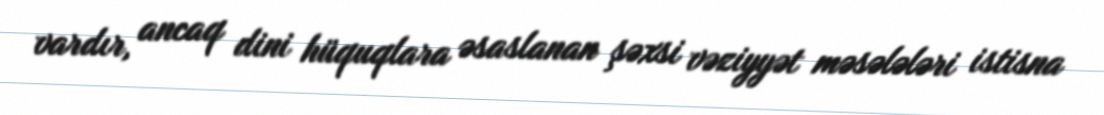
vardır, ancaq dini hüquqlara əsaslanan şəxsi vəziyyət məsələləri istisna